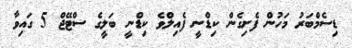
ޑިސެމްބަރު މަހުން ފެށިގެން ކިޑްނީ ފެއިލްވެ ކިޑްނީ ބަލީގެ ސްޓޭޖް 5 ގައިވާ